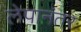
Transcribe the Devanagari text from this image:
लेपानंतर